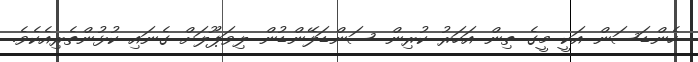
ހެންޑަސަން އަކީ މީގެ ތިން އަހަރު ކުރިން ސަންޑަލޭންޑުން ލިވަޕޫލަށް ގެނައި ކުޅުންތެރިއެކެވެ.